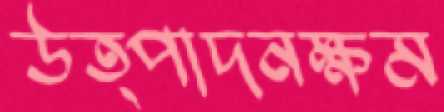
উত্পাদনক্ষম